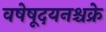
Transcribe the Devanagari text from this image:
वषेषूदयनश्चक्रे